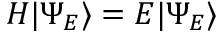
H | \Psi _ { E } \rangle = E | \Psi _ { E } \rangle